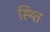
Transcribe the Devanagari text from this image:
स्थ्‍ति